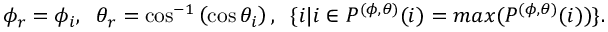
\phi _ { r } = \phi _ { i } , \; \; \theta _ { r } = \cos ^ { - 1 } \left( \cos \theta _ { i } \right) , \; \; \{ i | i \in P ^ { ( \phi , \theta ) } ( i ) = m a x ( P ^ { ( \phi , \theta ) } ( i ) ) \} .